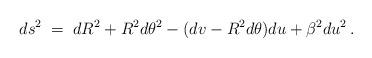
LaTeX: \begin{align*}ds^2 \;=\; dR^2 + R^{2}d\theta^2 -(dv-R^{2}d\theta)du + \beta^{2} du^2 \, . \end{align*}